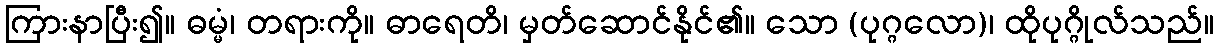
ကြားနာပြီး၍။ ဓမ္မံ၊ တရားကို။ ဓာရေတိ၊ မှတ်ဆောင်နိုင်၏။ သော (ပုဂ္ဂလော)၊ ထိုပုဂ္ဂိုလ်သည်။